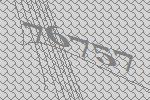
76757